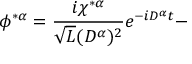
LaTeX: \phi ^ { * \alpha } = \frac { i \chi ^ { * \alpha } } { \sqrt { L } ( D ^ { \alpha } ) ^ { 2 } } e ^ { - i D ^ { \alpha } t } -